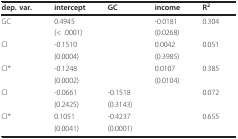
<table><thead><tr><td><b>dep. var.</b></td><td><b>intercept</b></td><td><b>GC</b></td><td><b>income</b></td><td><b>R<sup>2</sup></b></td></tr></thead><tbody><tr><td>GC</td><td>0.4945</td><td></td><td>-0.0181</td><td>0.304</td></tr><tr><td></td><td>(&lt; .0001)</td><td></td><td>(0.0268)</td><td></td></tr><tr><td>CI</td><td>-0.1510</td><td></td><td>0.0042</td><td>0.051</td></tr><tr><td></td><td>(0.0004)</td><td></td><td>(0.3985)</td><td></td></tr><tr><td>CI*</td><td>-0.1248</td><td></td><td>0.0107</td><td>0.385</td></tr><tr><td></td><td>(0.0002)</td><td></td><td>(0.0104)</td><td></td></tr><tr><td>CI</td><td>-0.0661</td><td>-0.1518</td><td></td><td>0.072</td></tr><tr><td></td><td>(0.2425)</td><td>(0.3143)</td><td></td><td></td></tr><tr><td>CI*</td><td>0.1051</td><td>-0.4237</td><td></td><td>0.655</td></tr><tr><td></td><td>(0.0041)</td><td>(0.0001)</td><td></td><td></td></tr></tbody></table>